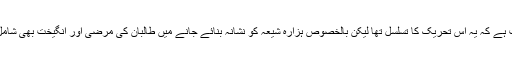
درست ہے کہ یہ اس تحریک کا تسلسل تھا لیکن بالخصوص ہزارہ شیعہ کو نشانہ بنائے جانے میں طالبان کی مرضی اور انگیخت بھی شامل تھی۔